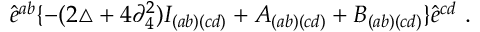
\hat { e } ^ { a b } \{ - ( 2 \triangle + 4 \partial _ { 4 } ^ { 2 } ) I _ { ( a b ) ( c d ) } + A _ { ( a b ) ( c d ) } + B _ { ( a b ) ( c d ) } \} \hat { e } ^ { c d } \ .